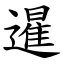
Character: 暹